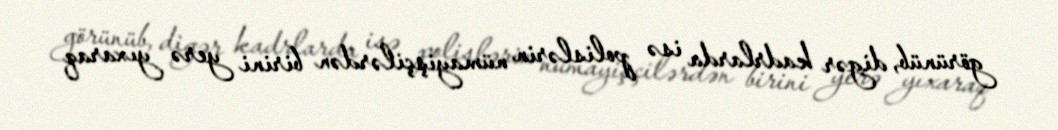
görünüb, digər kadrlarda isə polislərin nümayişçilərdən birini yerə yıxaraq